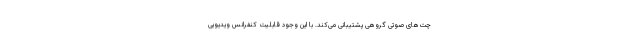
چت‌های صوتی گروهی پشتیبانی می‌کند. با این وجود قابلیت کنفرانس ویدیویی